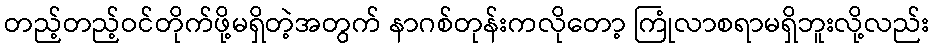
တည့်တည့်ဝင်တိုက်ဖို့မရှိတဲ့အတွက် နာဂစ်တုန်းကလိုတော့ ကြုံလာစရာမရှိဘူးလို့လည်း